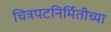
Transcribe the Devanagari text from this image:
चित्रपटनिर्मितीच्या